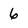
Character: 6